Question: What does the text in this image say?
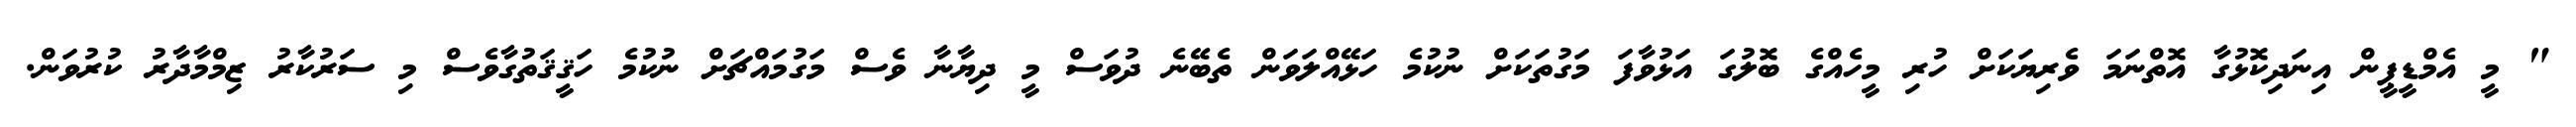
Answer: " މީ އެމްޑީޕީން އިނަދިކޮޅުގާ އޮތްނަމަ ވެރިޔަކަށް ހުރި މީހެއްގެ ބޮލުގަ އަޅުވާފަ މަގުތަކަށް ނުކުމެ ހަޅޭއްލަވަން ތެބޭނެ ދުވަސް މީ ދިޔާނާ ވެސް މަގުމައްޗަށް ނުކުމެ ހަޤީޤަތުގާވެސް މި ސަރުކާރު ޒިމްމާދާރު ކުރުވަން.